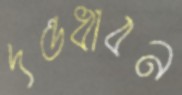
দন্তধাবন